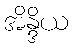
အိန္ဒိယ